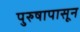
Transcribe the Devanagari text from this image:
पुरुषापासून